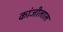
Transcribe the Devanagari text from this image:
कांजीलाल